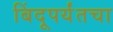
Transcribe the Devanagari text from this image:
बिंदूपर्यंतचा